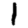
Digit: 1